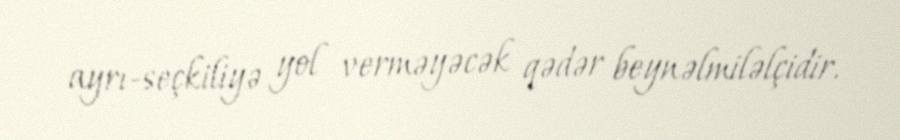
ayrı-seçkiliyə yol verməyəcək qədər beynəlmiləlçidir.